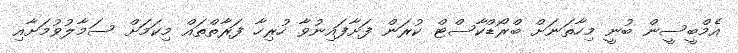
އެމްބީސީން ބުނީ މިހާތަނަށް ބްރޯޑްކާސްޓް ކުރަން ފަށާފައިނުވާ ހުރިހާ ފަރާތްތައް މިކަމަށް ސަމާލުވުމަށާއި